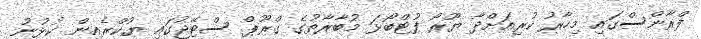
ފްރާންސްގައި މިހާރު ކުރިއަށްދާ ޔޫރޯ ފުޓްބޯޅަ މުބާރާތުގެ ގްރޫޕް ސްޓޭޖުގައި ޔުކްރެއިން ކުޅުނު